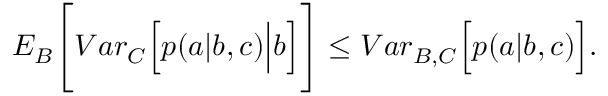
\begin{array} { r } { { E } _ { B } \Bigg [ { V a r } _ { C } \Big [ p ( a | b , c ) \Big | b \Big ] \Bigg ] \leq { V a r } _ { B , C } \Big [ p ( a | b , c ) \Big ] . } \end{array}